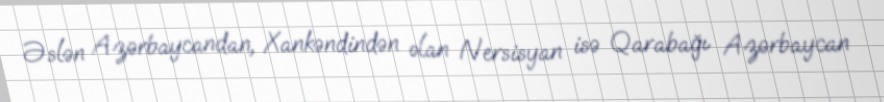
Əslən Azərbaycandan, Xankəndindən olan Nersisyan isə Qarabağı Azərbaycan